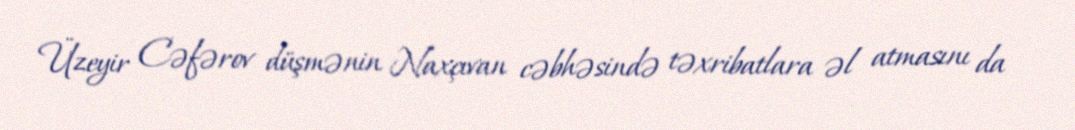
Üzeyir Cəfərov düşmənin Naxçıvan cəbhəsində təxribatlara əl atmasını da